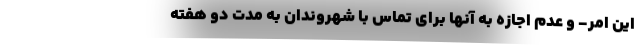
این امر- و عدم اجازه به آنها برای تماس با شهروندان به مدت دو هفته